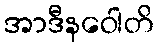
အာဒီနဝေါတိ